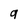
Character: 9